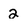
Character: 2